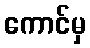
ကောင်မှ